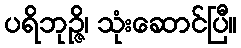
ပရိဘုဉ္ဇိ၊ သုံးဆောင်ပြီ။